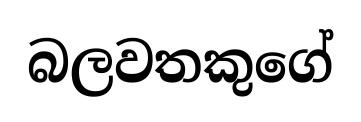
බලවතකුගේ